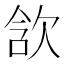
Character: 𣢺